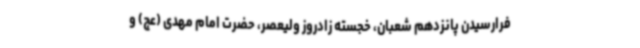
فرارسیدن پانزدهم شعبان، خجسته زادروز ولیعصر، حضرت امام مهدی (عج) و